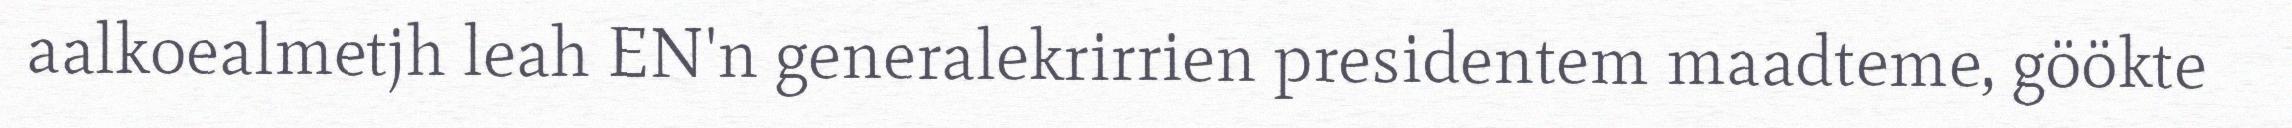
aalkoealmetjh leah EN'n generalekrirrien presidentem maadteme, göökte